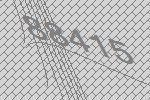
88415